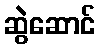
ဆွဲဆောင်